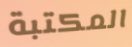
المكتبة